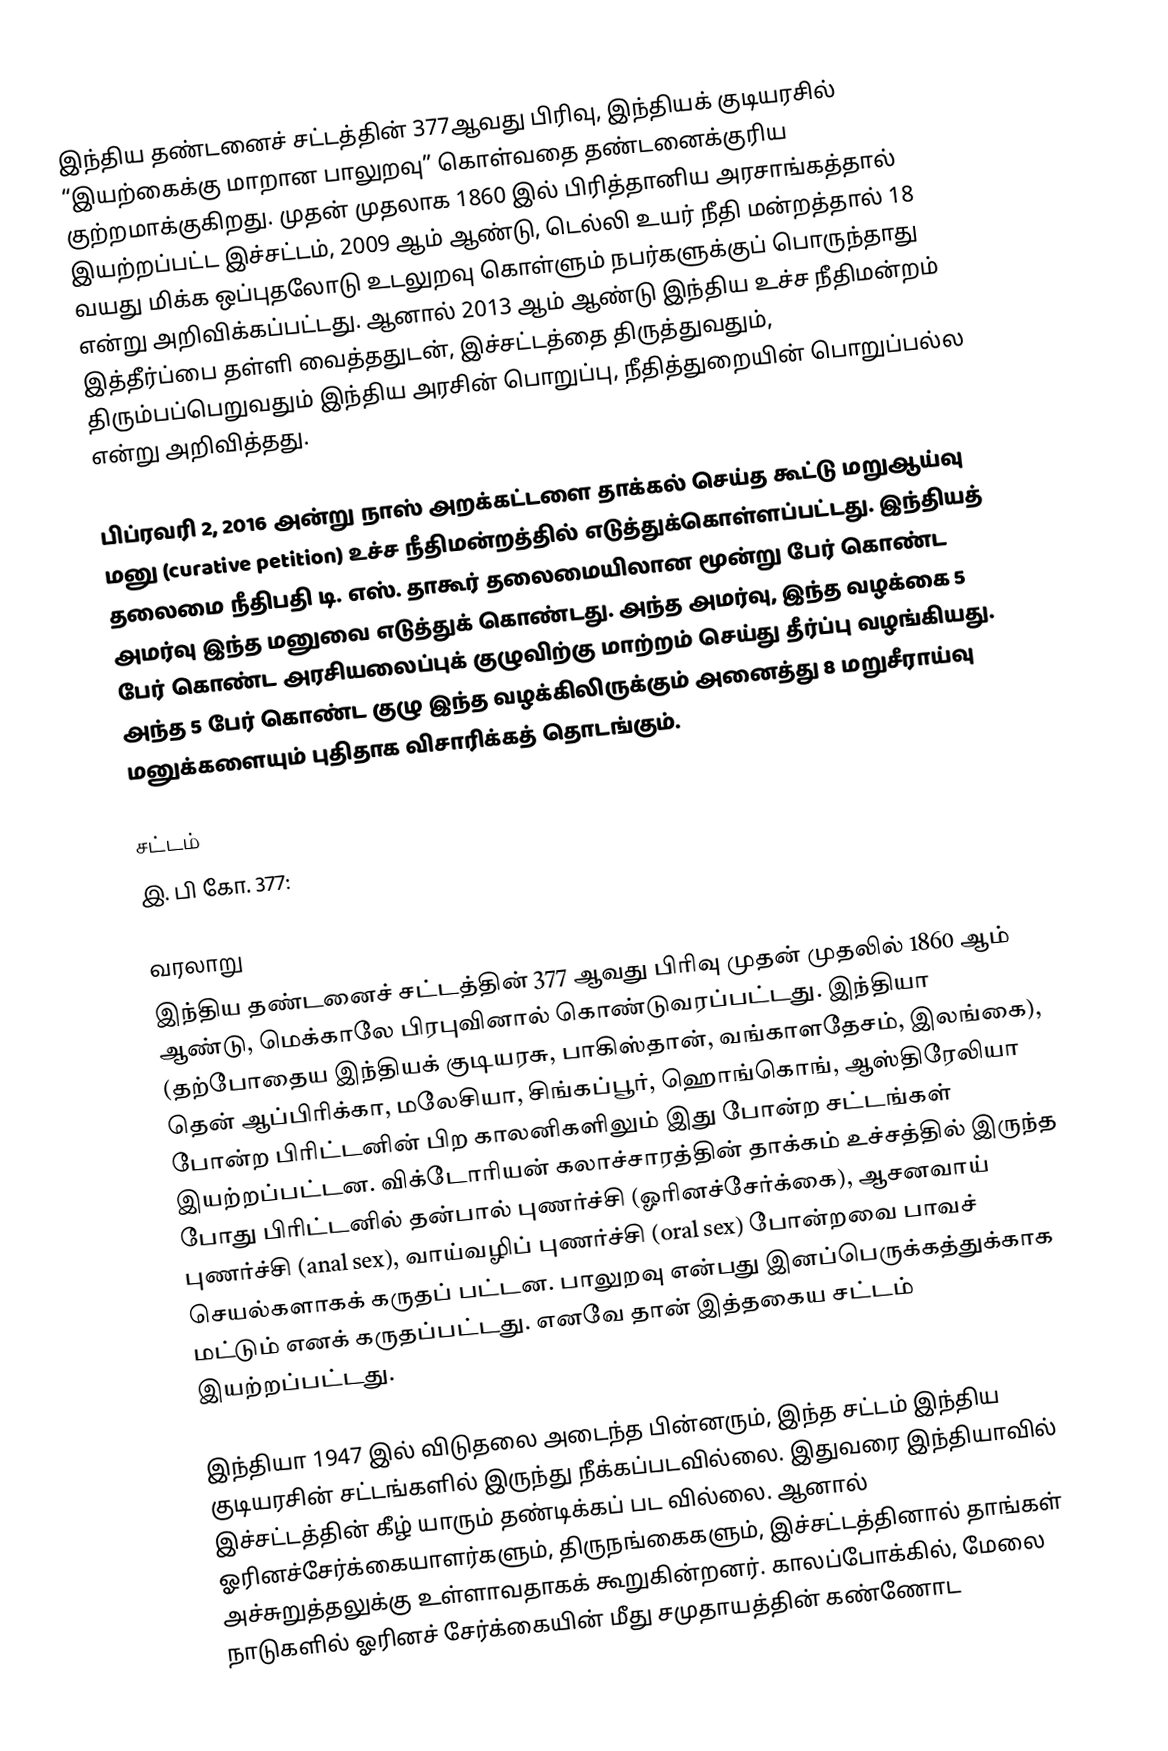
இந்திய தண்டனைச் சட்டத்தின் 377ஆவது பிரிவு, இந்தியக் குடியரசில் “இயற்கைக்கு மாறான பாலுறவு” கொள்வதை தண்டனைக்குரிய குற்றமாக்குகிறது. முதன் முதலாக 1860 இல் பிரித்தானிய அரசாங்கத்தால் இயற்றப்பட்ட  இச்சட்டம், 2009 ஆம் ஆண்டு, டெல்லி உயர் நீதி மன்றத்தால் 18 வயது மிக்க ஒப்புதலோடு உடலுறவு கொள்ளும் நபர்களுக்குப் பொருந்தாது என்று அறிவிக்கப்பட்டது. ஆனால் 2013 ஆம் ஆண்டு இந்திய உச்ச நீதிமன்றம் இத்தீர்ப்பை தள்ளி வைத்ததுடன், இச்சட்டத்தை திருத்துவதும், திரும்பப்பெறுவதும் இந்திய அரசின் பொறுப்பு, நீதித்துறையின் பொறுப்பல்ல என்று அறிவித்தது.

பிப்ரவரி 2, 2016 அன்று நாஸ் அறக்கட்டளை தாக்கல் செய்த கூட்டு மறுஆய்வு மனு (curative petition) உச்ச நீதிமன்றத்தில் எடுத்துக்கொள்ளப்பட்டது. இந்தியத் தலைமை நீதிபதி டி. எஸ். தாகூர் தலைமையிலான மூன்று பேர் கொண்ட அமர்வு இந்த மனுவை எடுத்துக் கொண்டது. அந்த அமர்வு, இந்த வழக்கை 5 பேர் கொண்ட அரசியலைப்புக் குழுவிற்கு மாற்றம் செய்து தீர்ப்பு வழங்கியது. அந்த 5 பேர் கொண்ட குழு இந்த வழக்கிலிருக்கும் அனைத்து 8 மறுசீராய்வு மனுக்களையும் புதிதாக விசாரிக்கத் தொடங்கும்.

சட்டம்
இ. பி கோ. 377:

வரலாறு
இந்திய தண்டனைச் சட்டத்தின் 377 ஆவது பிரிவு முதன் முதலில் 1860 ஆம் ஆண்டு, மெக்காலே பிரபுவினால் கொண்டுவரப்பட்டது. இந்தியா (தற்போதைய இந்தியக் குடியரசு, பாகிஸ்தான், வங்காளதேசம், இலங்கை), தென் ஆப்பிரிக்கா, மலேசியா,  சிங்கப்பூர், ஹொங்கொங், ஆஸ்திரேலியா போன்ற பிரிட்டனின் பிற காலனிகளிலும் இது போன்ற சட்டங்கள் இயற்றப்பட்டன. விக்டோரியன் கலாச்சாரத்தின் தாக்கம் உச்சத்தில் இருந்த போது பிரிட்டனில் தன்பால் புணர்ச்சி (ஓரினச்சேர்க்கை), ஆசனவாய் புணர்ச்சி (anal sex), வாய்வழிப் புணர்ச்சி (oral sex) போன்றவை பாவச் செயல்களாகக் கருதப் பட்டன. பாலுறவு என்பது இனப்பெருக்கத்துக்காக மட்டும் எனக் கருதப்பட்டது. எனவே தான் இத்தகைய சட்டம் இயற்றப்பட்டது.

இந்தியா 1947 இல் விடுதலை அடைந்த பின்னரும், இந்த சட்டம் இந்திய குடியரசின் சட்டங்களில் இருந்து நீக்கப்படவில்லை. இதுவரை இந்தியாவில் இச்சட்டத்தின் கீழ் யாரும் தண்டிக்கப் பட வில்லை. ஆனால் ஓரினச்சேர்க்கையாளர்களும், திருநங்கைகளும், இச்சட்டத்தினால் தாங்கள் அச்சுறுத்தலுக்கு உள்ளாவதாகக் கூறுகின்றனர். காலப்போக்கில், மேலை நாடுகளில் ஓரினச் சேர்க்கையின் மீது சமுதாயத்தின் கண்ணோட